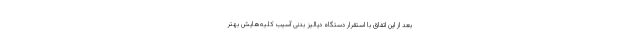
بعد از این اتفاق با استقرار دستگاه دیالیز بدنی آسیب کلیه‌هایش بهتر